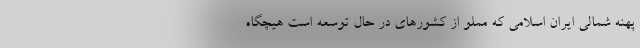
پهنه شمالی ایران اسلامی که مملو از کشورهای در حال توسعه است هیچگاه